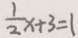
\frac { 1 } { 2 } x + 3 = 1